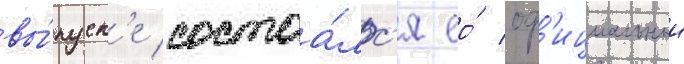
вы́пуск'е состоа́лс'я ео́ оф'ициальныи